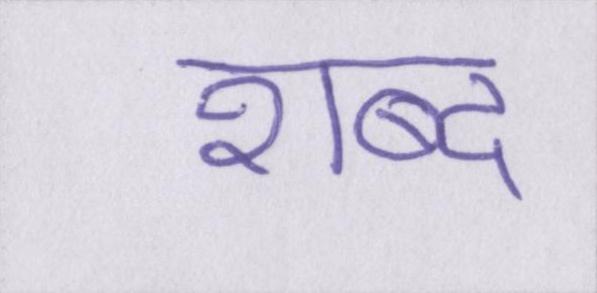
शब्द